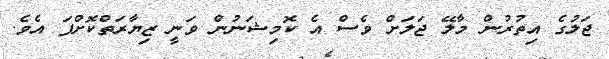
ޖަލުގެ އިތުރުން މާލޭ ޖަލަށް ވެސް އެ ކޮމިޝަނުން ވަނީ ޒިޔާރަތްކޮށްފަ އެވެ.